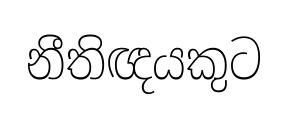
නීතිඥයකුට